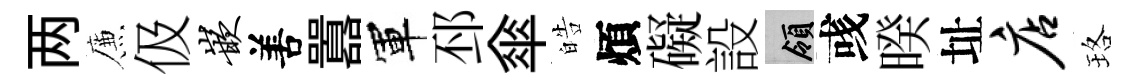
两簾伋嵌𠵊囂軍邳傘皓煩礙設領彧暌址店珞